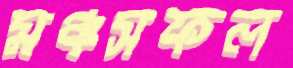
মঞ্চসফল